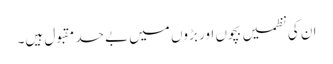
ان کی نظمیں بچوں اور بڑوں میں بے حد مقبول ہیں۔